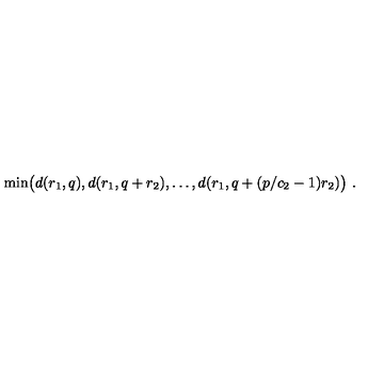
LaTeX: \mathrm { m i n } \big ( d ( r _ { 1 } , q ) , d ( r _ { 1 } , q + r _ { 2 } ) , \ldots , d ( r _ { 1 } , q + ( p / c _ { 2 } - 1 ) r _ { 2 } ) \big ) \ .